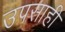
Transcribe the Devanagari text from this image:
उपसाही